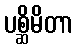
ပစ္ဆိမိတာ